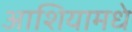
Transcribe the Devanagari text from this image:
आशियामधे